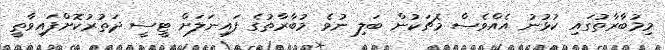
މިމުބާރާތުގައި ކުޅުނު އެއްވެސް މެޗަކުން ބަލި ނުވެ މުބާރާތުގެ ފައިނަލަށް ޓީސީ ދަތުރުކޮށްފައިވާތީ